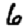
Digit: 6